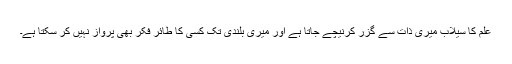
علم کا سیلاب میری ذات سے گزر کرنیچے جاتا ہے اور میری بلندی تک کسی کا طائر فکر بھی پرواز نہیں کر سکتا ہے۔